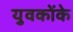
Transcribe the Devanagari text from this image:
युवकोंके